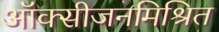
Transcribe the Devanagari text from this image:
ऑक्सीजनमिश्रित